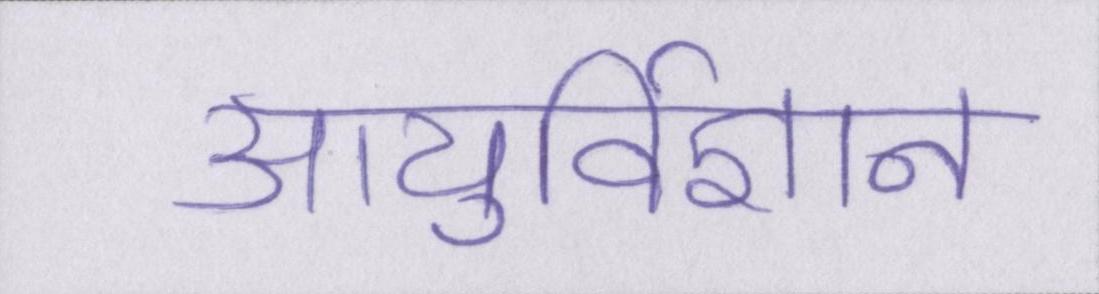
आयुर्विज्ञान